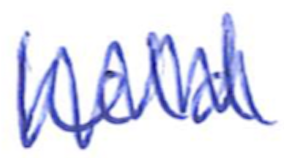
Text: held
Cross-out: zig-zag
Writing tool: ballpoint